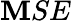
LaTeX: \mathbf{M}SE